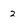
Character: 2